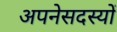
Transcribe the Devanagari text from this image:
अपनेसदस्यों